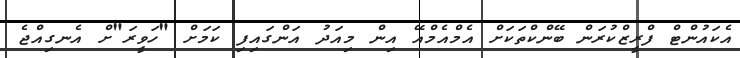
އެކައުންޓް ފްރީޒްކުރަން ބޭންކްތަކަށް އެމްއެމްއޭ އިން މިއަދު އަންގައިފި ކަމަށް "ހަވީރަ"ށް އެނގިއްޖެ